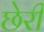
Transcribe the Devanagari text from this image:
छेरी